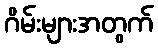
ဂိမ်းများအတွက်